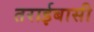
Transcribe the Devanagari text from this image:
तराईबासी